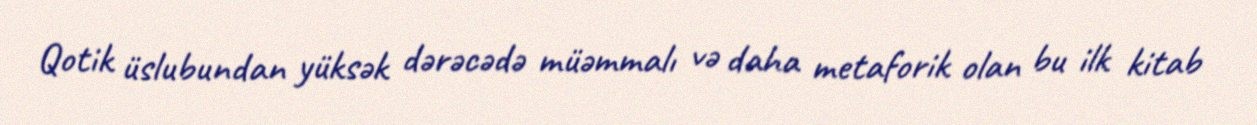
Qotik üslubundan yüksək dərəcədə müəmmalı və daha metaforik olan bu ilk kitab